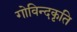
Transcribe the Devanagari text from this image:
गोविन्दकृति